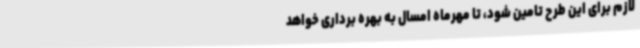
لازم برای این طرح تامین شود، تا مهرماه امسال به بهره برداری خواهد